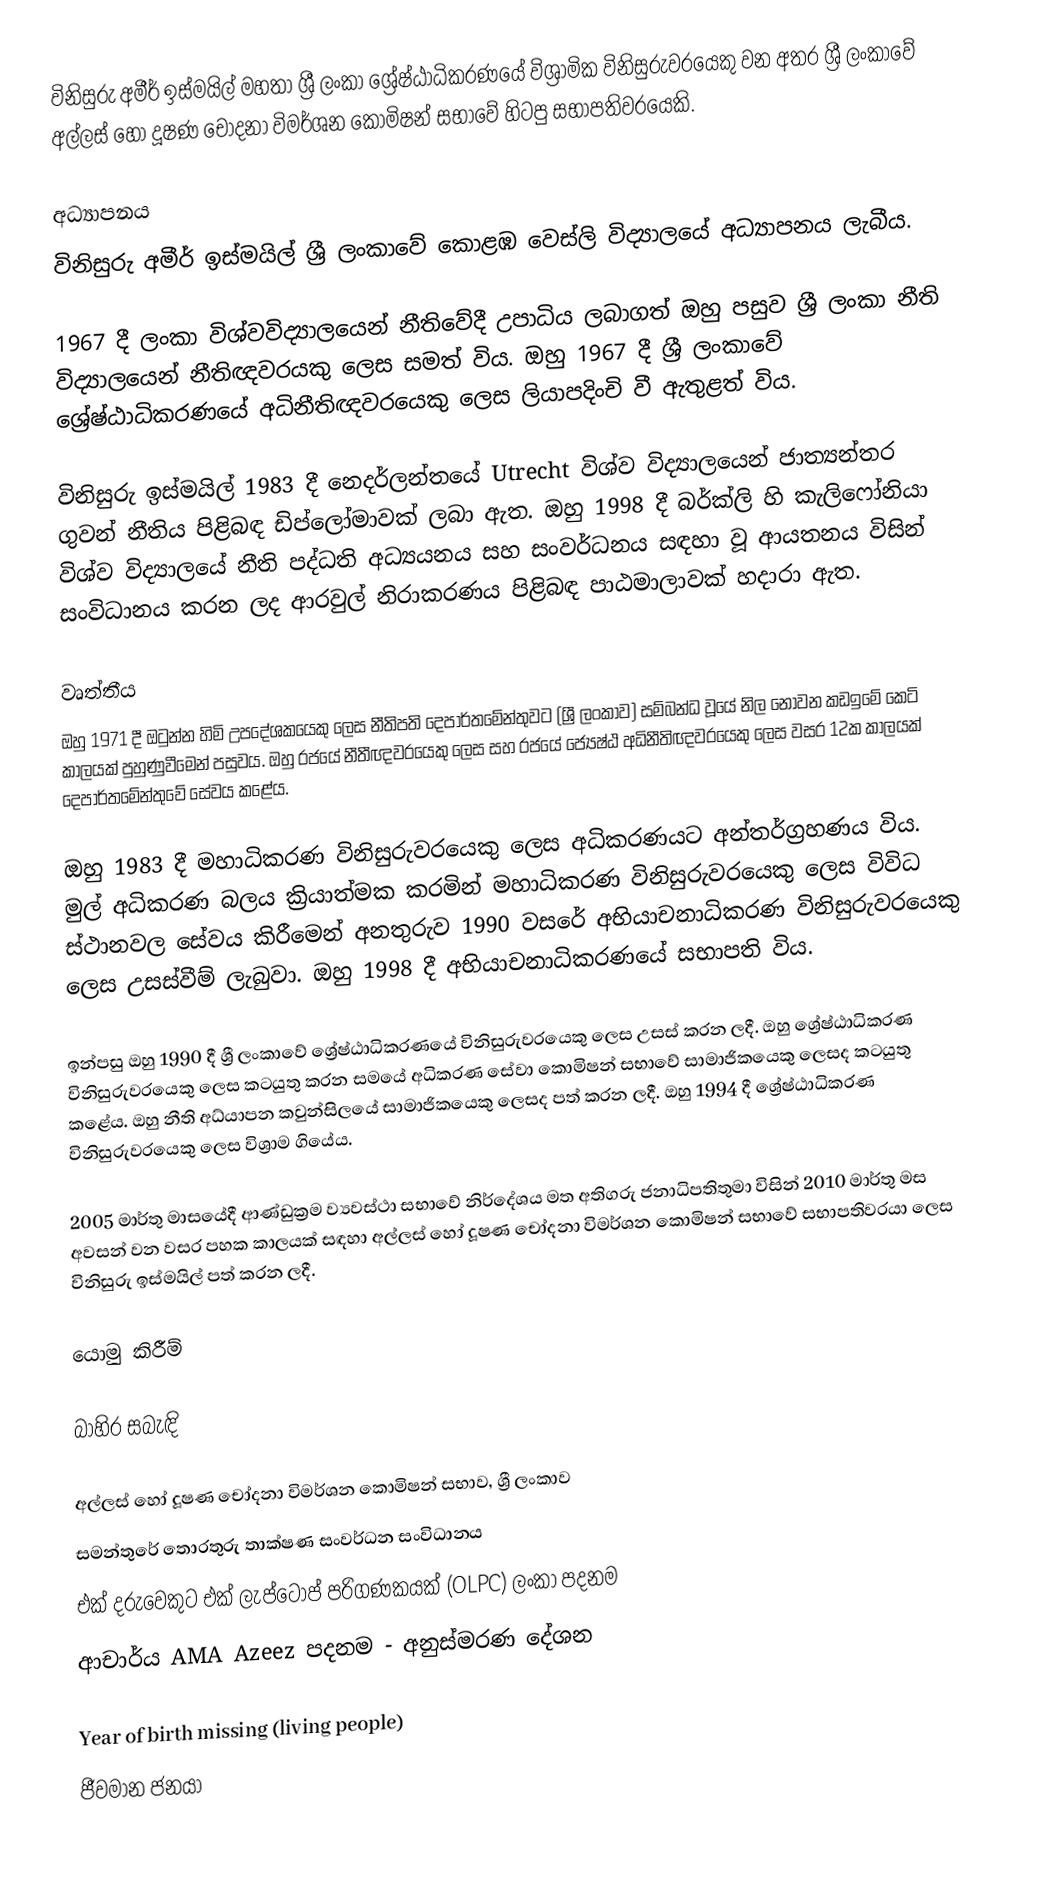
විනිසුරු අමීර් ඉස්මයිල් මහතා ශ්‍රී ලංකා ශ්‍රේෂ්ඨාධිකරණයේ විශ්‍රාමික විනිසුරුවරයෙකු වන අතර ශ්‍රී ලංකාවේ අල්ලස් හෝ දූෂණ චෝදනා විමර්ශන කොමිෂන් සභාවේ හිටපු සභාපතිවරයෙකි.

අධ්‍යාපනය
විනිසුරු අමීර් ඉස්මයිල් ශ්‍රී ලංකාවේ කොළඹ වෙස්ලි විද්‍යාලයේ අධ්‍යාපනය ලැබීය.

1967 දී ලංකා විශ්වවිද්‍යාලයෙන් නීතිවේදී උපාධිය ලබාගත් ඔහු පසුව ශ්‍රී ලංකා නීති විද්‍යාලයෙන් නීතිඥවරයකු ලෙස සමත් විය. ඔහු 1967 දී ශ්‍රී ලංකාවේ ශ්‍රේෂ්ඨාධිකරණයේ අධිනීතිඥවරයෙකු ලෙස ලියාපදිංචි වී ඇතුළත් විය.

විනිසුරු ඉස්මයිල් 1983 දී නෙදර්ලන්තයේ Utrecht විශ්ව විද්‍යාලයෙන් ජාත්‍යන්තර ගුවන් නීතිය පිළිබඳ ඩිප්ලෝමාවක් ලබා ඇත. ඔහු 1998 දී බර්ක්ලි හි කැලිෆෝනියා විශ්ව විද්‍යාලයේ නීති පද්ධති අධ්‍යයනය සහ සංවර්ධනය සඳහා වූ ආයතනය විසින් සංවිධානය කරන ලද ආරවුල් නිරාකරණය පිළිබඳ පාඨමාලාවක් හදාරා ඇත.

වෘත්තීය
ඔහු 1971 දී ඔටුන්න හිමි උපදේශකයෙකු ලෙස නීතිපති දෙපාර්තමේන්තුවට (ශ්‍රී ලංකාව) සම්බන්ධ වූයේ නිල නොවන කඩඉමේ කෙටි කාලයක් පුහුණුවීමෙන් පසුවය. ඔහු රජයේ නීතීඥවරයෙකු ලෙස සහ රජයේ ජ්‍යෙෂ්ඨ අධිනීතිඥවරයෙකු ලෙස වසර 12ක කාලයක් දෙපාර්තමේන්තුවේ සේවය කළේය.

ඔහු 1983 දී මහාධිකරණ විනිසුරුවරයෙකු ලෙස අධිකරණයට අන්තර්ග්‍රහණය විය. මුල් අධිකරණ බලය ක්‍රියාත්මක කරමින් මහාධිකරණ විනිසුරුවරයෙකු ලෙස විවිධ ස්ථානවල සේවය කිරීමෙන් අනතුරුව 1990 වසරේ අභියාචනාධිකරණ විනිසුරුවරයෙකු ලෙස උසස්වීම් ලැබුවා. ඔහු 1998 දී අභියාචනාධිකරණයේ සභාපති විය.

ඉන්පසු ඔහු 1990 දී ශ්‍රී ලංකාවේ ශ්‍රේෂ්ඨාධිකරණයේ විනිසුරුවරයෙකු ලෙස උසස් කරන ලදී. ඔහු ශ්‍රේෂ්ඨාධිකරණ විනිසුරුවරයෙකු ලෙස කටයුතු කරන සමයේ අධිකරණ සේවා කොමිෂන් සභාවේ සාමාජිකයෙකු ලෙසද කටයුතු කළේය. ඔහු නීති අධ්යාපන කවුන්සිලයේ සාමාජිකයෙකු ලෙසද පත් කරන ලදී. ඔහු 1994 දී ශ්‍රේෂ්ඨාධිකරණ විනිසුරුවරයෙකු ලෙස විශ්‍රාම ගියේය.

2005 මාර්තු මාසයේදී ආණ්ඩුක්‍රම ව්‍යවස්ථා සභාවේ නිර්දේශය මත අතිගරු ජනාධිපතිතුමා විසින් 2010 මාර්තු මස අවසන් වන වසර පහක කාලයක් සඳහා අල්ලස් හෝ දූෂණ චෝදනා විමර්ශන කොමිෂන් සභාවේ  සභාපතිවරයා ලෙස විනිසුරු ඉස්මයිල් පත් කරන ලදී.

යොමු කිරීම්

බාහිර සබැඳි

 අල්ලස් හෝ දූෂණ චෝදනා විමර්ශන කොමිෂන් සභාව, ශ්‍රී ලංකාව
 සමන්තුරේ තොරතුරු තාක්ෂණ සංවර්ධන සංවිධානය
 එක් දරුවෙකුට එක් ලැප්ටොප් පරිගණකයක් (OLPC) ලංකා පදනම
 ආචාර්ය AMA Azeez පදනම - අනුස්මරණ දේශන

Year of birth missing (living people)
ජීවමාන ජනයා